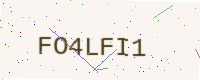
Text: FO4LFI1